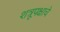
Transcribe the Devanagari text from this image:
शत्रूपक्षाचे